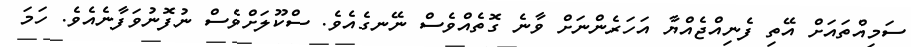
ސަމިއްތައަށް އޭތި ފެނިއްޖެއްޔާ އަހަރެންނަށް ވާނެ ގޮތެއްވެސް ނޭނގެއެވެ. ސްކޫލަށްވެސް ނުފޮނުވަފާނެއެވެ. ހަމަ